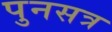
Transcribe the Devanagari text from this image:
पुनसत्र